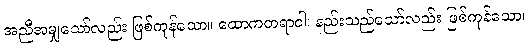
အညီအမျှသော်လည်း ဖြစ်ကုန်သော။ ထောကတရာဝါ၊ နည်းသည်သော်လည်း ဖြစ်ကုန်သော။